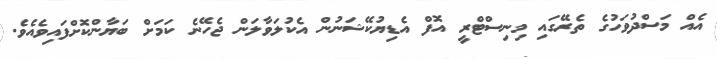
އެއް މަސްދުވަހުގެ ތެރޭގައި މިނިސްޓްރީ އޮފް އެޑިޔުކޭޝަނުން އެކުލަވާލަން ޖެހޭނެ ކަމަށް ބަޔާންކޮށްފައިވެއެވެ.